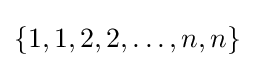
\{1,1,2,2,\ldots ,n,n\}